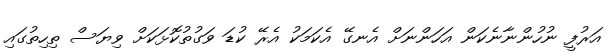
އަރުފީ ނުހުންނާނެކަން އަހަންނަށް އެނގޭ އެކަމަކު އެރޭ ކުޑަ ވަގުތުކޮޅަކަށް ވިޔަސް ތިހިތުގައި